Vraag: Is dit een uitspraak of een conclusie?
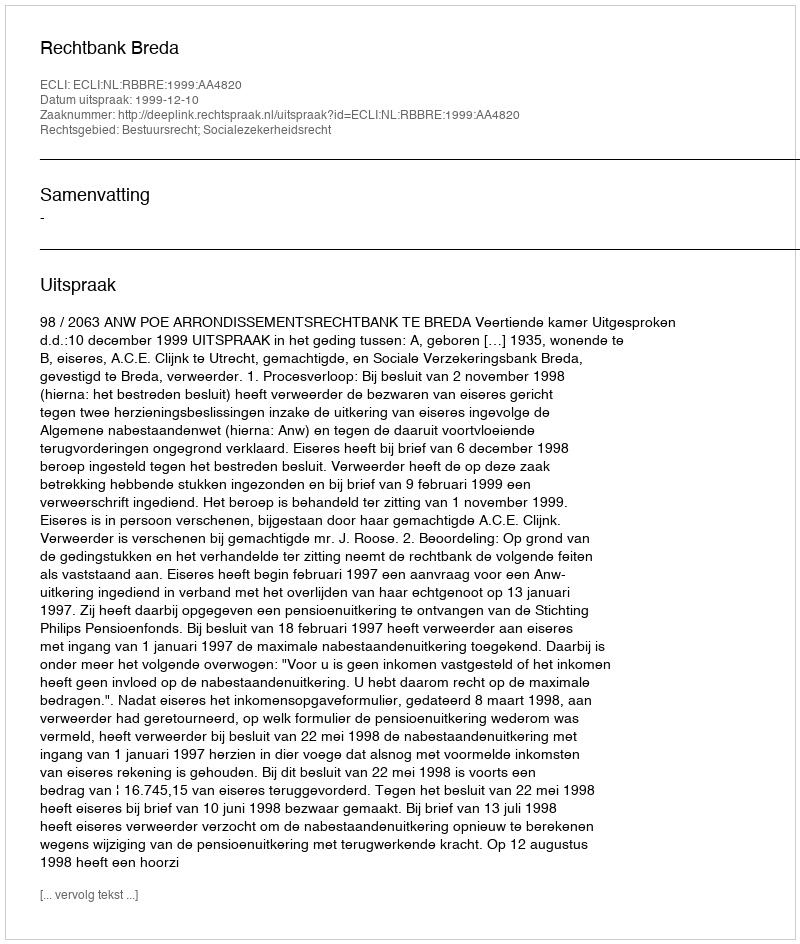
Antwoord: Uitspraak